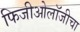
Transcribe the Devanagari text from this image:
फिजीओलॉजीचा